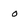
Character: o